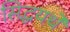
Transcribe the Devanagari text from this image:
सिद्धयर्थे